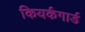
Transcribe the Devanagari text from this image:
कियर्कगार्ड